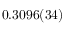
0 . 3 0 9 6 ( 3 4 )